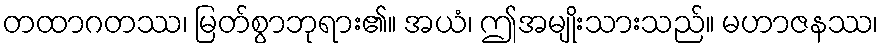
တထာဂတဿ၊ မြတ်စွာဘုရား၏။ အယံ၊ ဤအမျိုးသားသည်။ မဟာဇနဿ၊